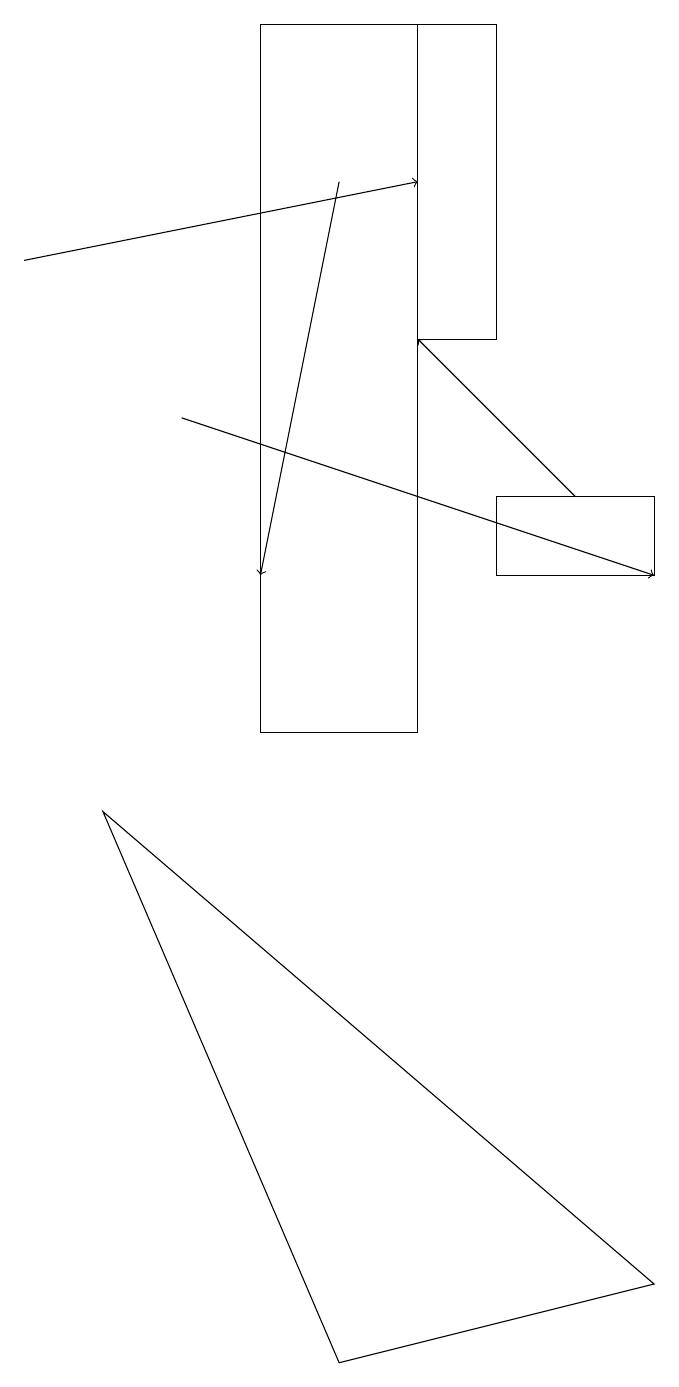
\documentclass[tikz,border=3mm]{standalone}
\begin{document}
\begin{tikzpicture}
\draw (6,19) rectangle (4,10);
\draw[->] (8,13) -- (6,15);
\draw (2,9) -- (5,2) -- (9,3) -- cycle;
\draw[->] (1,16) -- (6,17);
\draw (9,13) rectangle (7,12);
\draw[->] (5,17) -- (4,12);
\draw[->] (3,14) -- (9,12);
\draw (6,15) rectangle (7,19);
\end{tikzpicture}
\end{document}